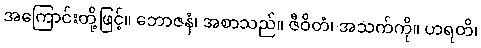
အကြောင်းတို့ဖြင့်။ ဘောဇနံ၊ အစာသည်။ ဇီဝိတံ၊ အသက်ကို။ ဟရတိ၊